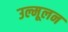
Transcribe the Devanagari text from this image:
उल्मूलन